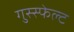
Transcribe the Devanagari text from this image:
गुस्स्फेल्ट